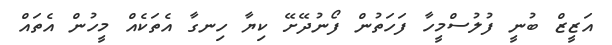
އަޒީޒް ބުނީ ފުލުސްމީހާ ފަހަތުން ފޯނުދޭށޭ ކިޔާ ހިނގާ އެތަކެއް މީހުން އެތައް